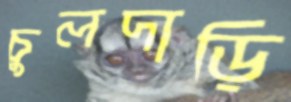
চুলদাড়ি